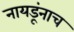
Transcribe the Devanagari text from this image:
नायडूंनाच